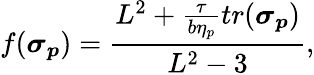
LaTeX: f(\boldsymbol{\sigma_{p}})=\frac{L^{2}+\frac{\tau}{b\eta_{p}}tr(\boldsymbol{\sigma_{p}})}{L^{2}-3},